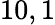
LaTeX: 10,1